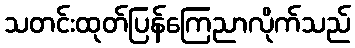
သတင်းထုတ်ပြန်ကြေညာလိုက်သည်